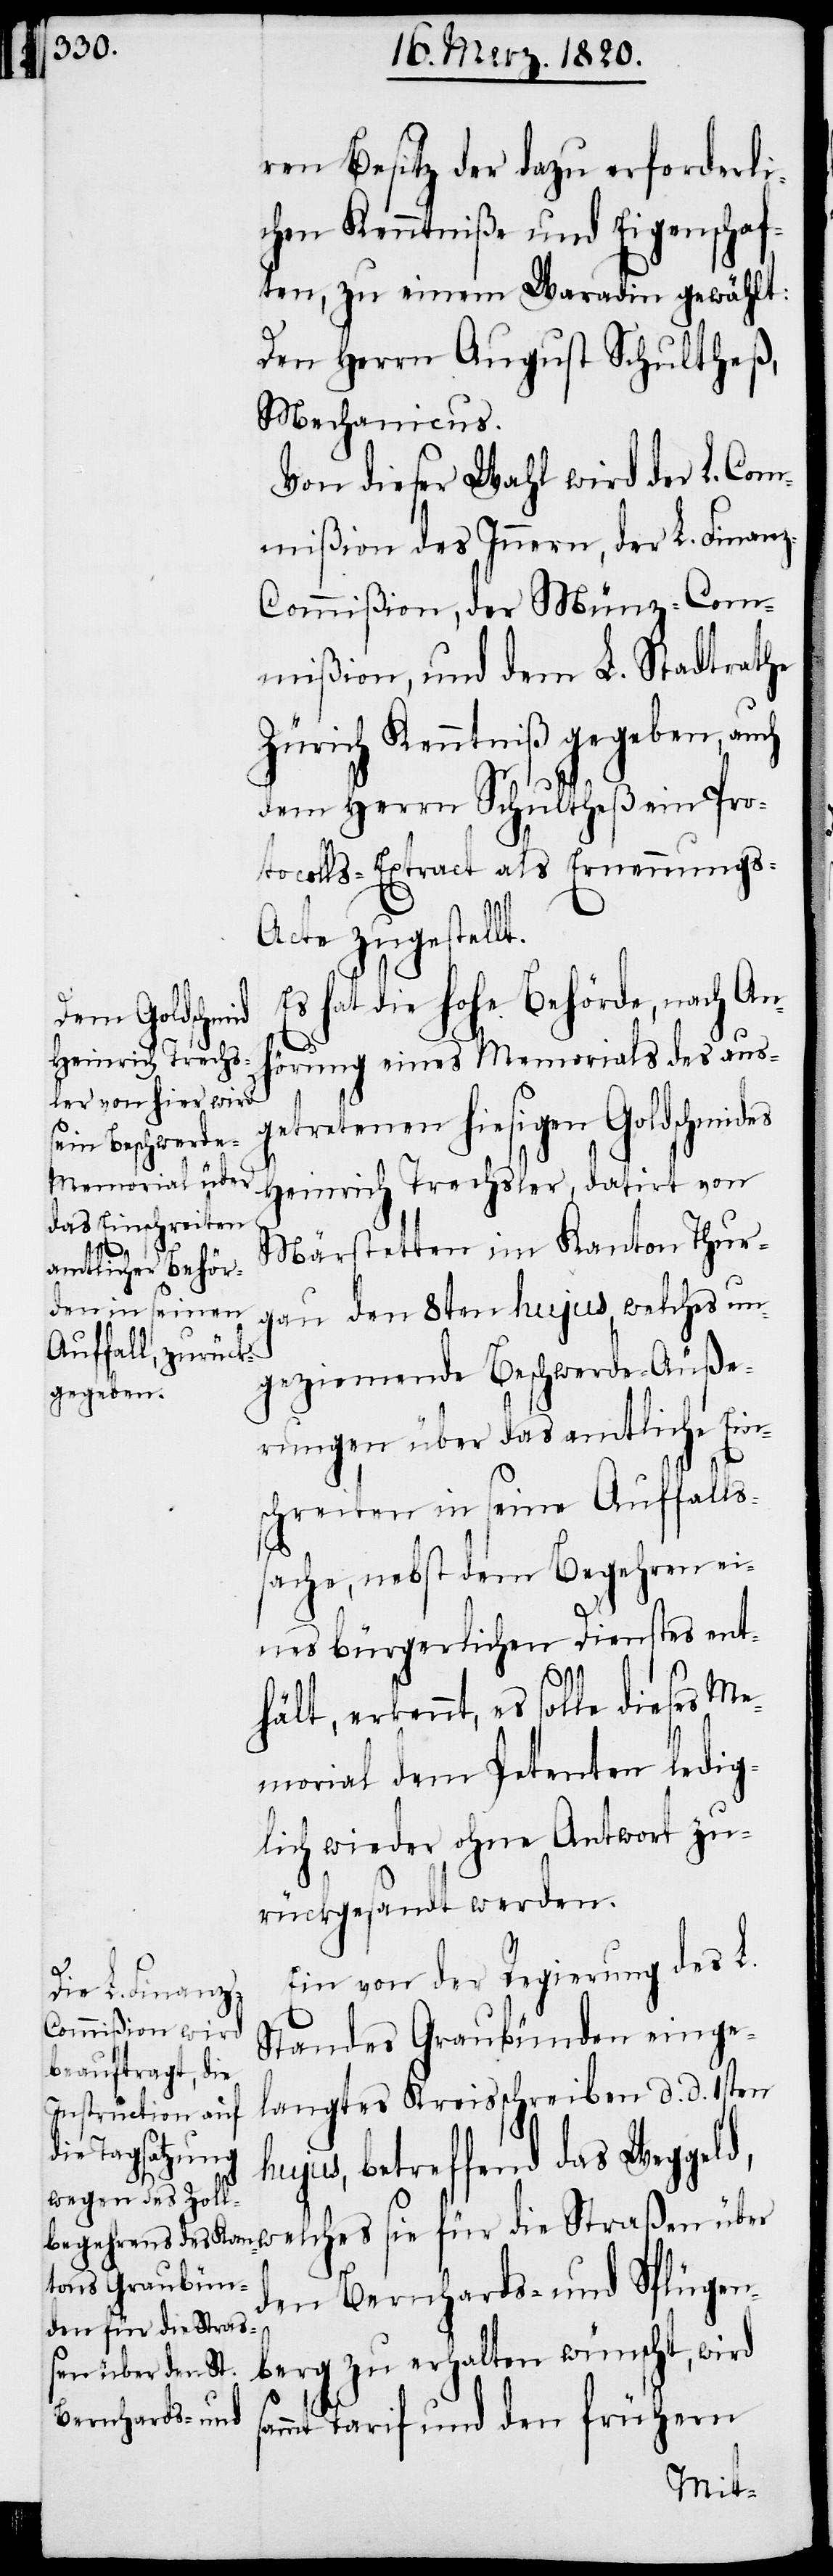
ren Besitz der dazu erforderli¬
chen Kenntniße und Eigenschaf¬
ten, zu einem Waradin gewählt:
Den Herrn August Schultheß,
Mechanicus.
Von dieser Wahl wird der L. Com¬
mißion des Innern, der L. Finan¬
z-Commißion, der Münz-Com¬
mißion, und dem L. Stadtrathe
Zürich Kenntniß gegeben, auch
dem Herrn Schultheß ein Pro¬
tocolls-Extract als Ernennungs-A¬
cte zugestellt.
Es hat die hohe Behörde, nach An¬
hörung eines Memorials des aus¬
getretenen hiesigen Goldschmides
Heinrich Trechsler, datirt von
Märstetten im Kanton Thur¬
gau den 8ten hujus, welches un¬
geziemende Beschwerde-Äuße¬
rungen über das amtliche Ein¬
schreiten in seine Auffalls¬
sache, nebst dem Begehren ei¬
nes bürgerlichen Dienstes ent¬
hält, erkennt, es solle dieses Me¬
morial dem Petenten ledig¬
lich wieder ohne Antwort zu¬
rückgesandt werden.
s¬
Ein von der Regierung des L.
Standes Graubünden einge¬
langtes Kreisschreiben d. d. 1sten
hujus, betreffend das Weggeld,
welches sie für die Straßen über
den Bernhards- und Splügen¬
berg zu erhalten wünscht, wird
ammt Tarif und den frühern